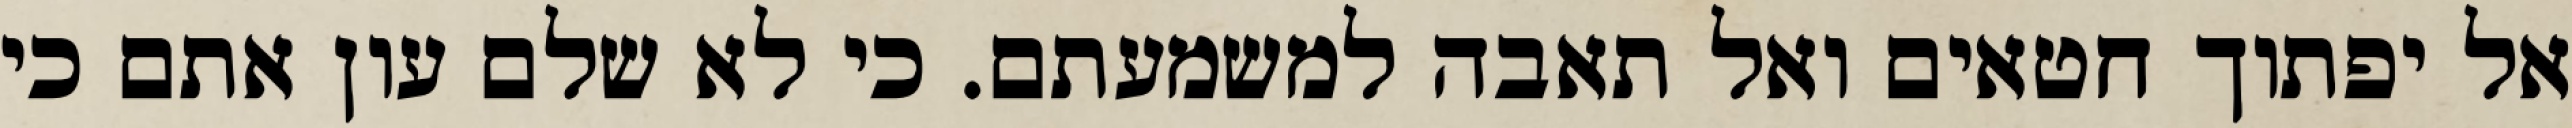
אל יפתוך חטאים ואל תאבה למשמעתם. כי לא שלם עון אתם כי